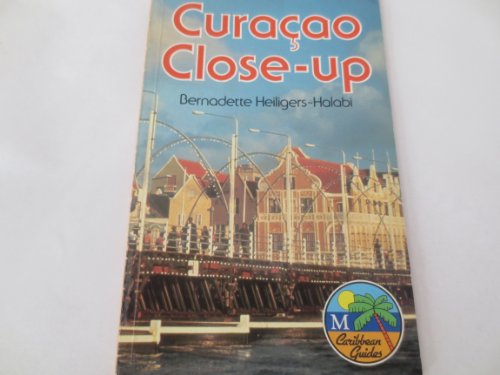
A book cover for Curacao Close-Up (Caribbean Guides Series); Bernadette Heiligers; Travel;